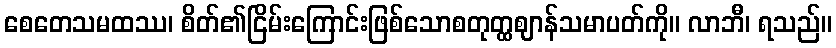
စေတေသမထဿ၊ စိတ်၏ငြိမ်းကြောင်းဖြစ်သောစတုတ္ထဈာန်သမာပတ်ကို။ လာဘီ၊ ရသည်။